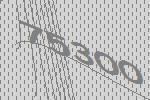
75300